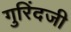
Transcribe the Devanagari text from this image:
गुरिंदजी